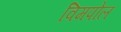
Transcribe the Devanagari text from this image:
विमपोल